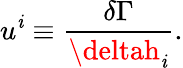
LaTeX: u^{\mathit{i}}\equiv\frac{{\delta\Gamma}}{{\deltah_{\mathit{i}}}}.